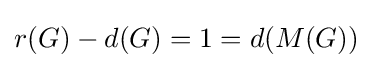
r(G)-d(G)=1=d(M(G))